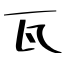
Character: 瓦